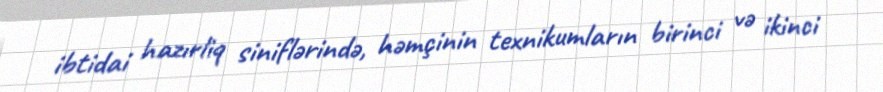
ibtidai hazırliq siniflərində, həmçinin texnikumların birinci və ikinci